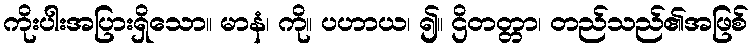
ကိုးပါးအပြားရှိသော။ မာနံ၊ ကို။ ပဟာယ၊ ၍။ ဌိတတ္တာ၊ တည်သည်၏အဖြစ်